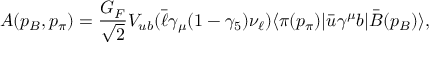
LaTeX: { \cal A } ( p _ { B } , p _ { \pi } ) = \frac { G _ { F } } { \sqrt { 2 } } V _ { u b } ( \bar { \ell } \gamma _ { \mu } ( 1 - \gamma _ { 5 } ) \nu _ { \ell } ) \langle \pi ( p _ { \pi } ) | \bar { u } \gamma ^ { \mu } b | \bar { B } ( p _ { B } ) \rangle ,